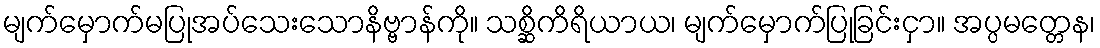
မျက်မှောက်မပြုအပ်သေးသောနိဗ္ဗာန်ကို။ သစ္ဆိကိရိယာယ၊ မျက်မှောက်ပြုခြင်းငှာ။ အပ္ပမတ္တေန၊